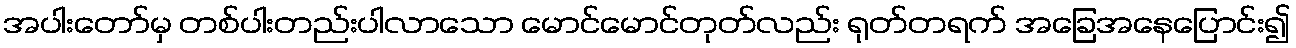
အပါးတော်မှ တစ်ပါးတည်းပါလာသော မောင်မောင်တုတ်လည်း ရုတ်တရက် အခြေအနေပြောင်း၍